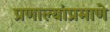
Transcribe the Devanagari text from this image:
प्रणाल्यांप्रमाणे